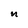
Character: n